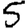
Digit: 5